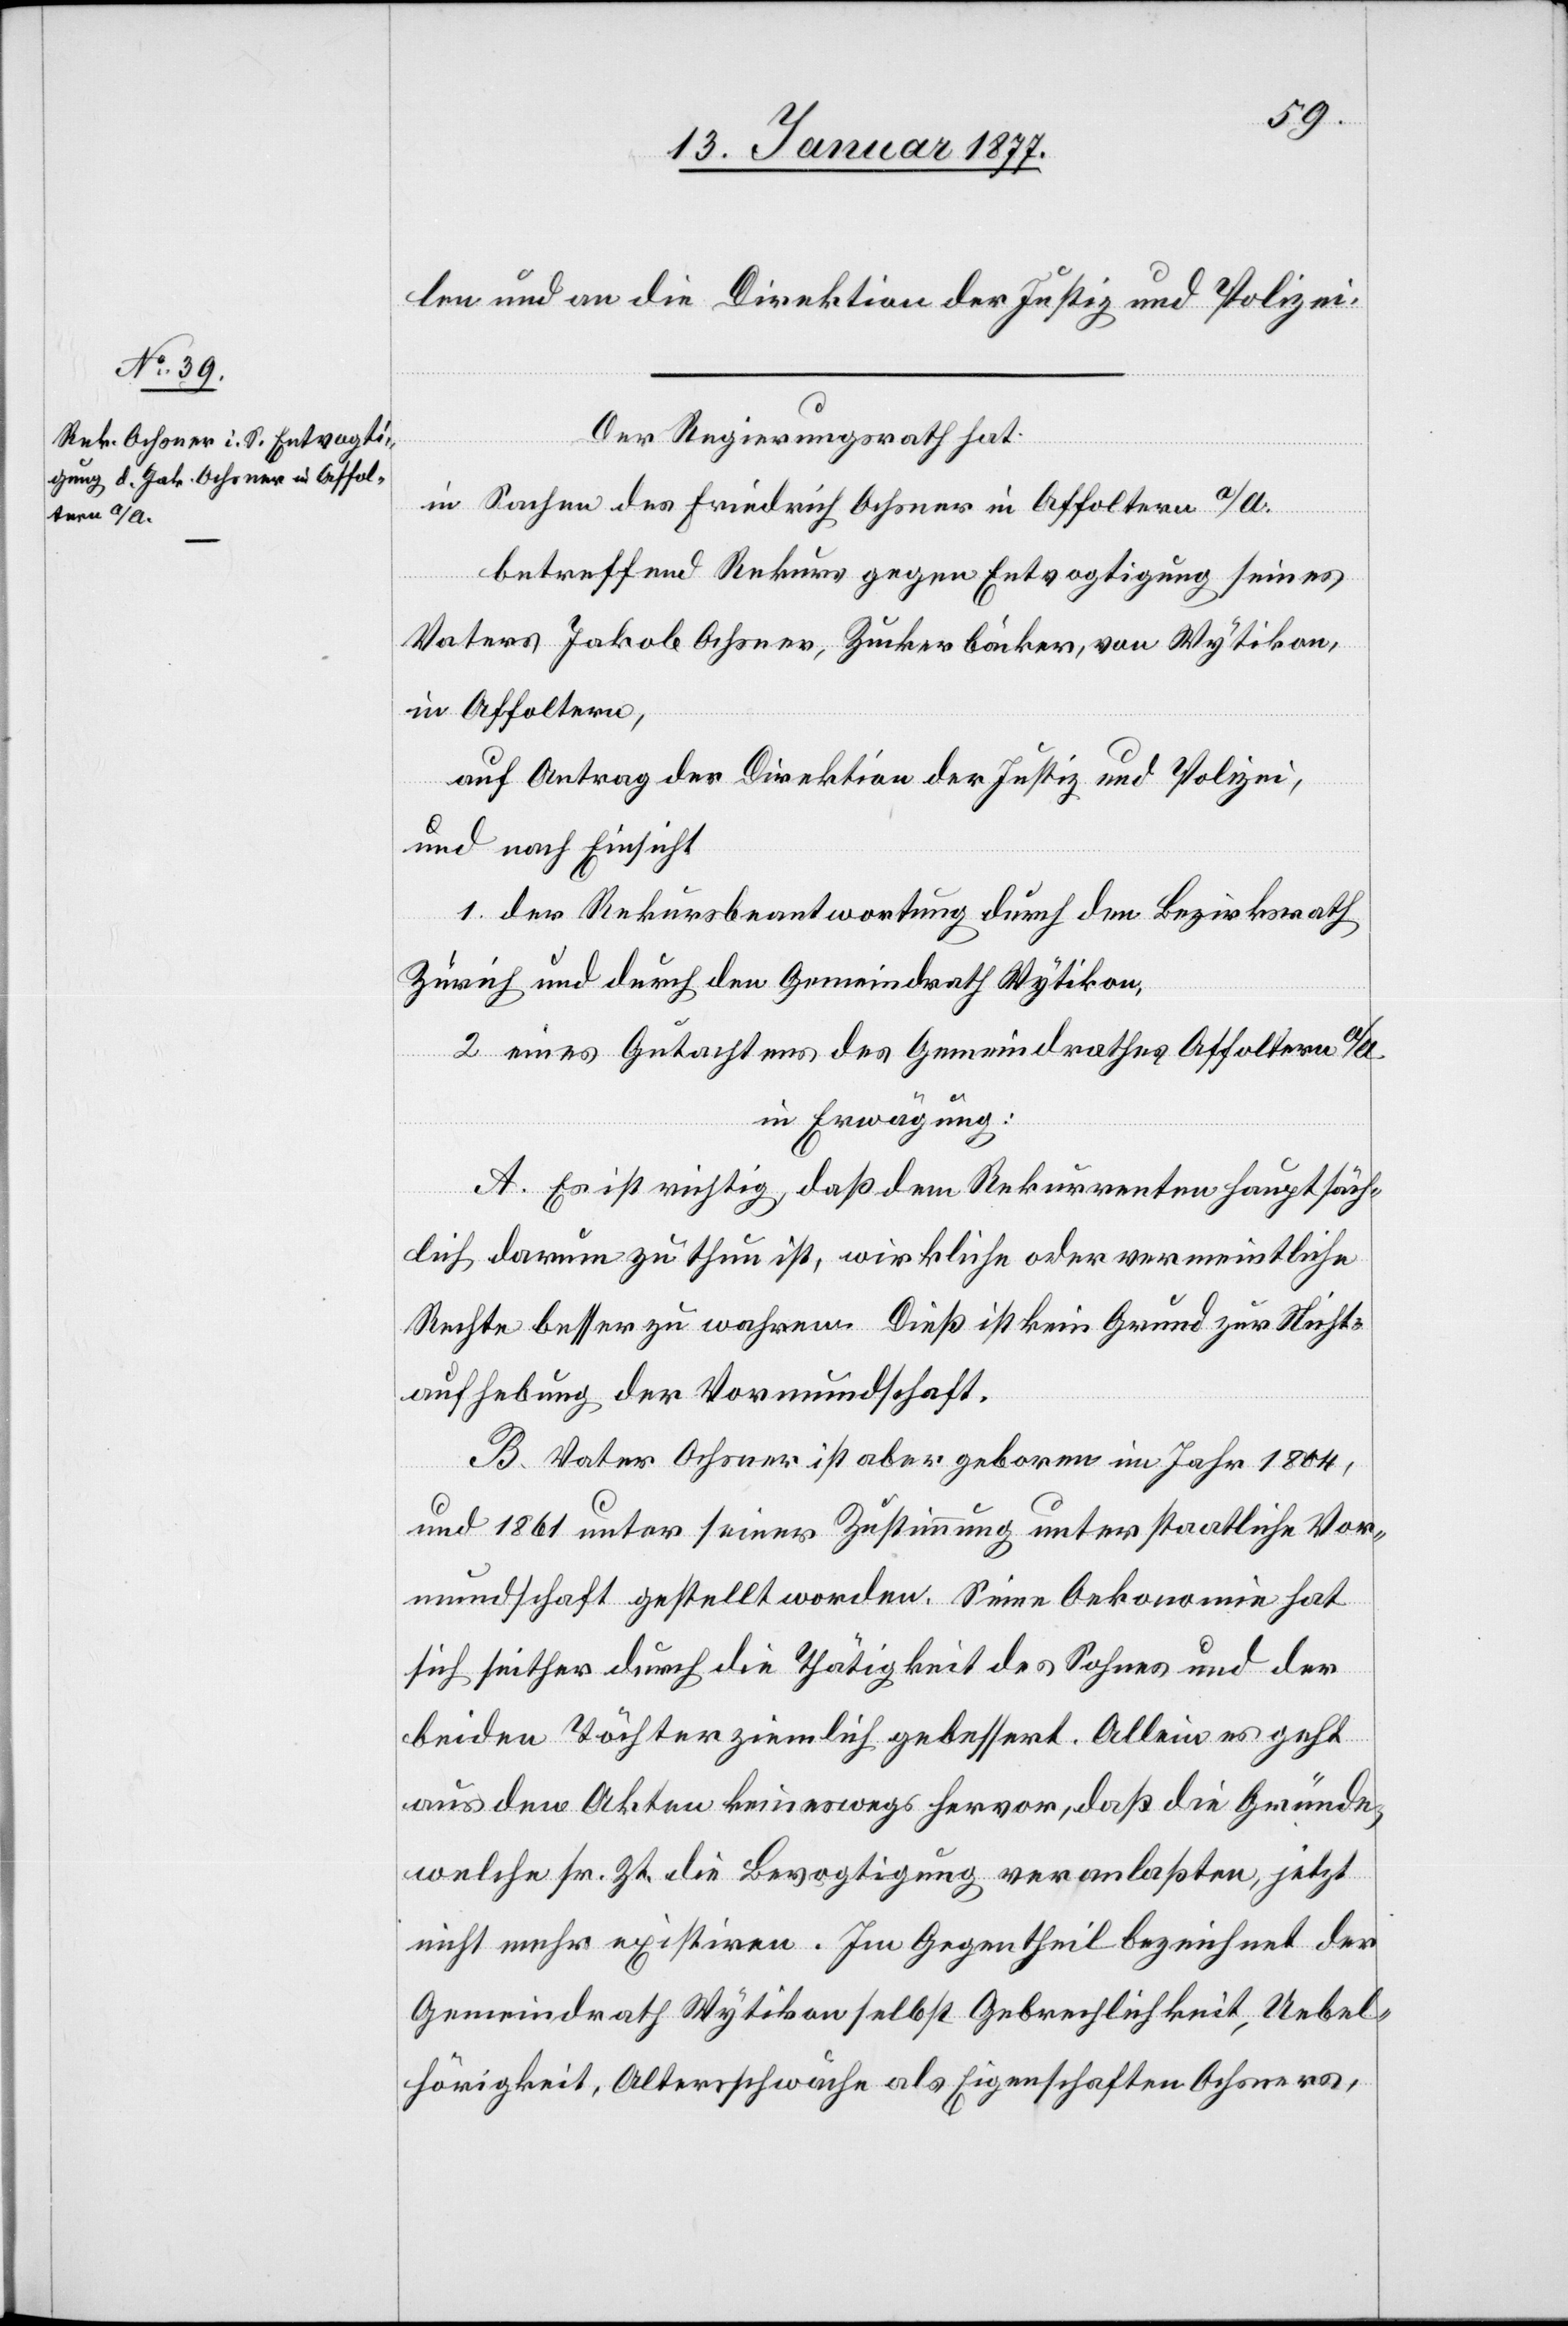
len und an die Direktion der Justiz und Polizei.
Der Regierungsrath hat
in Sachen des Friedrich Ochsner in Affoltern a/A.
betreffend Rekurs gegen Entvogtigung seines
Vaters Jakob Ochsner, Zuckerbäcker, von Wytikon,
in Affoltern,
auf Antrag der Direktion der Justiz und Polizei,
und nach Einsicht
1. der Rekursbeantwortung durch den Bezirksrath
Zürich und durch den Gemeindrath Wytikon,
2. eines Gutachtens des Gemeindrathes Affoltern a/A.
in Erwägung:
A. Es ist richtig, daß dem Rekurrenten hauptsäch¬
lich darum zu thun ist, wirkliche oder vermeintliche
Rechte besser zu wahren. Dieß ist kein Grund zur Nicht¬
aufhebung der Vormundschaft.
B. Vater Ochsner ist aber geboren im Jahr 1804,
und 1861 unter seiner Zustimmung unter staatliche Vor¬
mundschaft gestellt worden. Seine Oekonomie hat
sich seither durch die Thätigkeit der Sohnes und der
beiden Töchter ziemlich gebessert. Allein es geht
aus den Akten keineswegs hervor, daß die Gründe,
welche sr. Zt. die Bevogtigung veranlaßten, jetzt
nicht mehr existiren. Im Gegentheil bezeichnet der
Gemeindrath Wytikon selbst Gebrechlichkeit, Uebel¬
hörigkeit, Altersschwäche als Eigenschaften Ochsners,